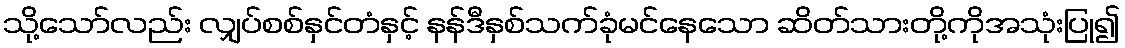
သို့သော်လည်း လျှပ်စစ်နှင်တံနှင့် နန်ဒီနှစ်သက်ခုံမင်နေသော ဆိတ်သားတို့ကိုအသုံးပြု၍